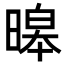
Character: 暤